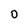
Character: 0